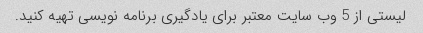
لیستی از 5 وب سایت معتبر برای یادگیری برنامه نویسی تهیه کنید.